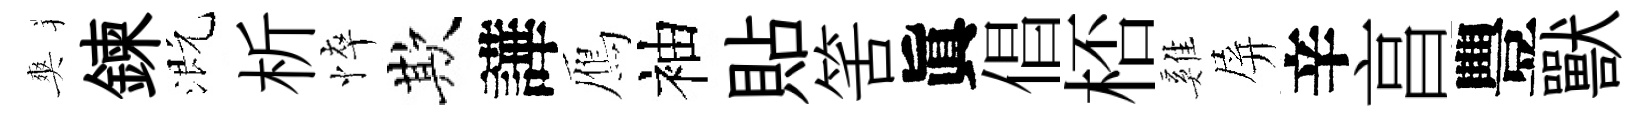
爽鍊溉析悴欺譁鴈袖貼筈眞倡桮雞屏辛亯豐獸